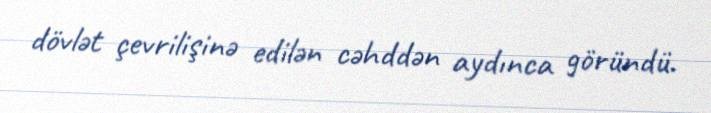
dövlət çevrilişinə edilən cəhddən aydınca göründü.